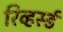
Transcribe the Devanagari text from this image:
रिव्हर्स्ड